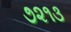
૭૨૧૩